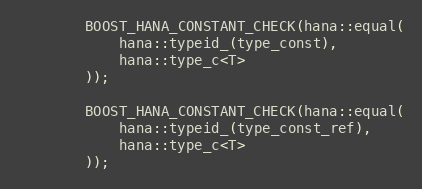
Language: C++
        BOOST_HANA_CONSTANT_CHECK(hana::equal(
            hana::typeid_(type_const),
            hana::type_c<T>
        ));

        BOOST_HANA_CONSTANT_CHECK(hana::equal(
            hana::typeid_(type_const_ref),
            hana::type_c<T>
        ));